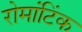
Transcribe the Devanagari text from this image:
रोमांटिंक